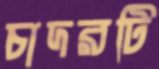
চাদরটি